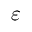
\varepsilon